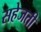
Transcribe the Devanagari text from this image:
सहेजती